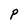
Character: P